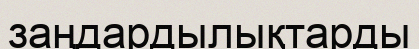
заңдардылықтарды